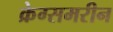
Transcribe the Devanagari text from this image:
क्रेग्समरीन